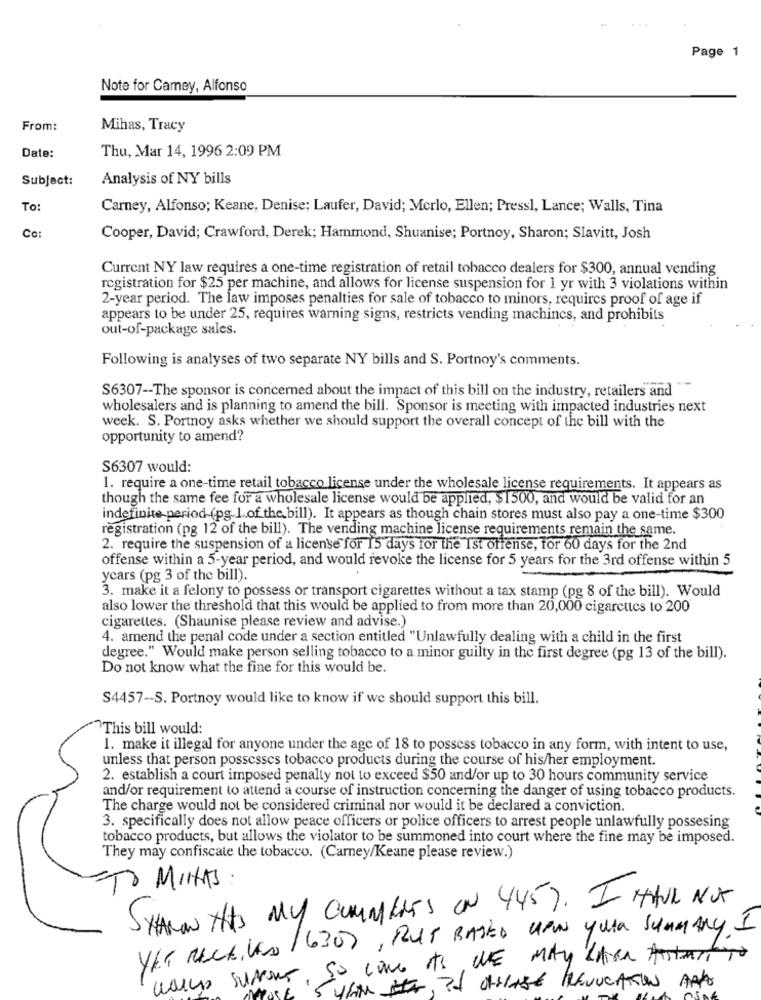
...
Page 1
Note for Camey, Alfonso
From:
Mihas, Tracy
Thu, Mar 14, 1996 2:09 PM
Date:
Subject:
Analysis of NY bills
To:
Carney, Alfonso; Keane, Denise; Laufer, David; Mcrlo, Ellen; Pressl, Lance; Walls, Tina
Co:
Cooper, David; Crawford, Derek; Hammond, Shuanise; Portnoy, Sharon; Slavitt, Josh
Current NY law requires a one-time registration of retail tobacco dealers for $300, annual vending
registration for $25 per machine, and allows for license suspension for 1 yr with 3 violations within
2-year period. The law imposes penalties for sale of tobacco to minors, requires proof of age if
appears to be under 25, requires warning signs, restricts vending machines, and prohibits
out-of-package sales.
Following is analyses of two separate NY bills and S. Portnoy's comments.
S6307 -- The sponsor is concerned about the impact of this bill on the industry, retailers and
wholesalers and is planning to amend the bill. Sponsor is meeting with impacted industries next
week. S. Portnoy asks whether we should support the overall concept of the bill with the
opportunity to amend?
S6307 would:
1. require a one-time retail tobacco license under the wholesale license requirements. It appears as
though the same fee for a wholesale license would be applied, $1500, and would be valid for an
indefinite period (pg 1.of the bill). It appears as though chain stores must also pay a one-time $300
registration (pg 12 of the bill). The vending machine license requirements remain the same.
2. require the suspension of a license for 15 days for the Ist offense, for 60 days for the 2nd
offense within a 5-year period, and would revoke the license for 5 years for the 3rd offense within 5
ycars (pg 3 of the bill).
3. make it a felony to possess or transport cigarettes without a tax stamp (pg 8 of the bill). Would
also lower the threshold that this would be applied to from more than 20,000 cigarettes to 200
cigarettes. (Shaunise please review and advise.)
4. amend the penal code under a section entitled "Unlawfully dealing with a child in the first
degree." Would make person selling tobacco to a minor guilty in the first degree (pg 13 of the bill).
Do not know what the fine for this would be.
S4457 -- S. Portnoy would like to know if we should support this bill.
This bill would:
1. make it illegal for anyone under the age of 18 to possess tobacco in any form, with intent to use,
unless that person possesses tobacco products during the course of his/her employment.
2. establish a court imposed penalty not to exceed $50 and/or up to 30 hours community service
and/or requirement to attend a course of instruction concerning the danger of using tobacco products.
The charge would not be considered criminal nor would it be declared a conviction.
3. specifically does not allow peace officers or police officers to arrest people unlawfully possesing
tobacco products, but allows the violator to be summoned into court where the fine may be imposed.
They may confiscate the tobacco. (Carney/Keane please review.)
TO MINHAS
SHARON THIS MY COMMENTS ON 445). I HAVE NOT
YET RECEIVED 1630), BUT BASED UPON youa summary I
So come As WE May LAhen Anstart To
SUPPORT
16M th, 21 OLHASE PNEUUCATION AND